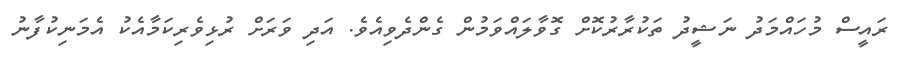
ރައީސް މުހައްމަދު ނަޝީދު ތަކުރާރުކޮށް ގޮވާލައްވަމުން ގެންދެވިއެވެ. އަދި ވަރަށް ރުޅިވެރިކަމާއެކު އެމަނިކުފާނު